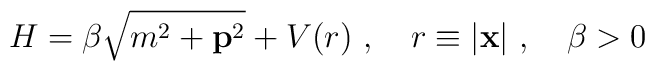
H=\beta\sqrt{m^2+{\bf p}^2}+V(r)\ ,\quad r\equiv|{\bf x}|\ ,\quad\beta>0\,